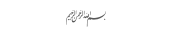
١٨